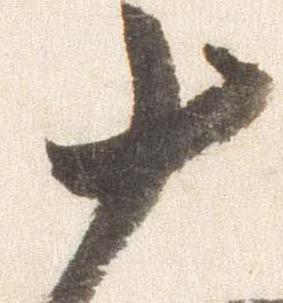
十